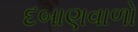
દબાણવાળો